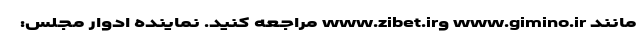
مانند www.gimino.ir وwww.zibet.ir مراجعه کنید. نماینده ادوار مجلس: